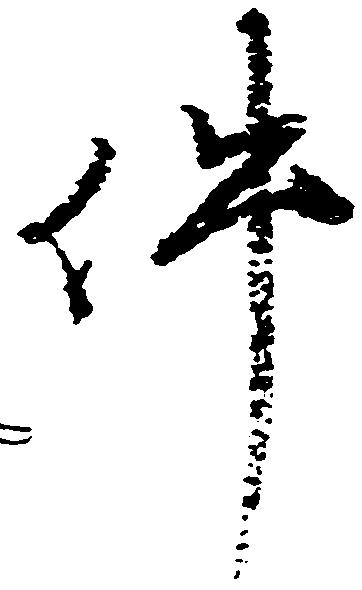
件